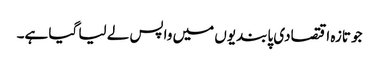
جو تازہ اقتصادی پابندیوں میں واپس لے لیا گیا ہے۔